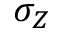
\sigma _ { Z }